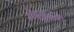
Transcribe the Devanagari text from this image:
भेदबुद्धयः